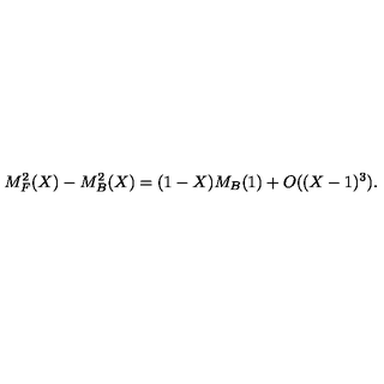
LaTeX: M _ { F } ^ { 2 } ( X ) - M _ { B } ^ { 2 } ( X ) = ( 1 - X ) M _ { B } ( 1 ) + O ( ( X - 1 ) ^ { 3 } ) .